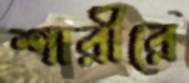
শারীরে